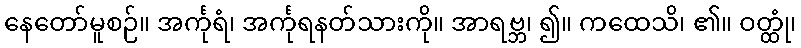
နေတော်မူစဉ်။ အင်္ကုရံ၊ အင်္ကုရနတ်သားကို။ အာရဗ္ဘ၊ ၍။ ကထေသိ၊ ၏။ ဝတ္ထုံ၊